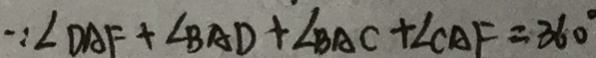
\because \angle D A F + \angle B A D + \angle B A C + \angle C A F = 3 6 0 ^ { \circ }